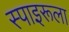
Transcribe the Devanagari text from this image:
स्पाइरूला